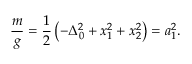
\frac { m } { g } = \frac { 1 } { 2 } \left( - \Delta _ { 0 } ^ { 2 } + x _ { 1 } ^ { 2 } + x _ { 2 } ^ { 2 } \right) = a _ { 1 } ^ { 2 } .